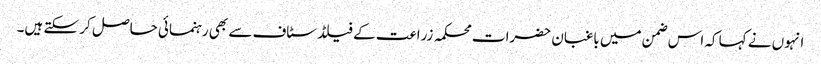
انہوں نے کہا کہ اس ضمن میں باغبان حضرات محکمہ زراعت کے فیلڈ سٹاف سے بھی رہنمائی حاصل کر سکتے ہیں۔